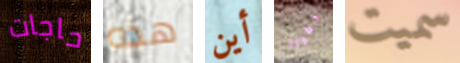
حاجات هذه أين خطيرا سميت